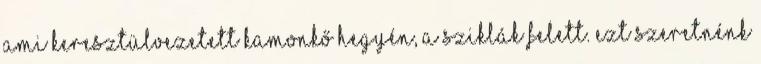
ami keresztülvezetett Kamonkő hegyén, a sziklák felett. Ezt szeretnénk